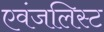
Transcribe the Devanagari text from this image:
एवंजलिस्ट